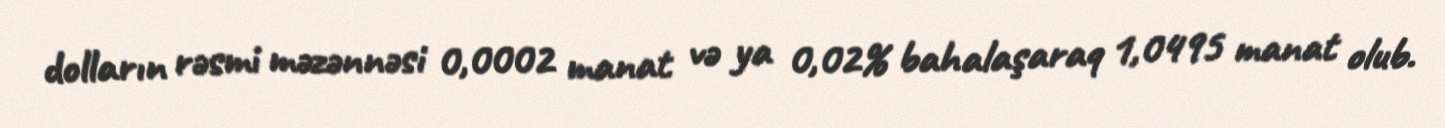
dolların rəsmi məzənnəsi 0,0002 manat və ya 0,02% bahalaşaraq 1,0495 manat olub.